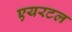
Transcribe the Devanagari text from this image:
एयरटल